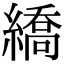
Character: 繑